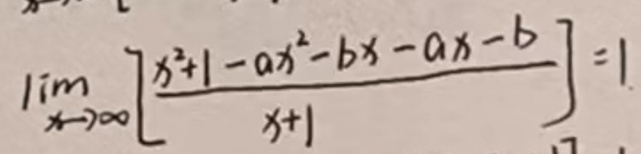
\(\lim_{x \to \infty} \frac{x^2 + 1 - ax^2 - bx - ax - b}{x + 1} = 1\)